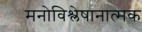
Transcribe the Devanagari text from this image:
मनोविश्लेषानात्मक